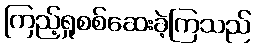
ကြည့်ရှုစစ်ဆေးခဲ့ကြသည်